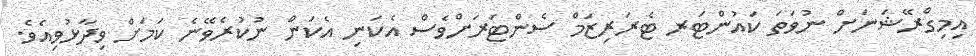
އިމިގްރޭޝަނަށް ނުވަތަ ކައުންޓަރ ޓެރަރިޒަމް ސެންޓަރަށްވެސް އެކަނި އެކަން ނުކުރެވޭނެ ކަމަށް ވިދާޅުވިއެވެ.